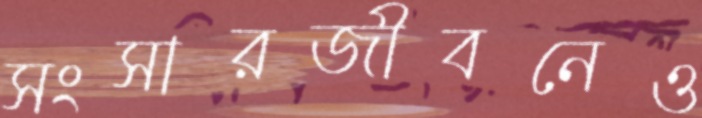
সংসারজীবনেও